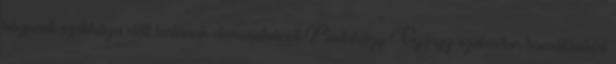
központi székháza előtt tartanak demonstrációt Budaházy György szabadon bocsátásáért